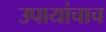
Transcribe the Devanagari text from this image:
उपायांचाच